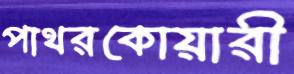
পাথরকোয়ারী